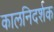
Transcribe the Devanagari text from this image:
कालनिदर्शक